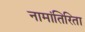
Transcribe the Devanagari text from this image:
नामांतिरिता